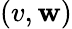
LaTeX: (v,\mathbf{w})